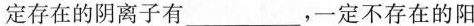
定存在的阴离子有___，一定不存在的阳